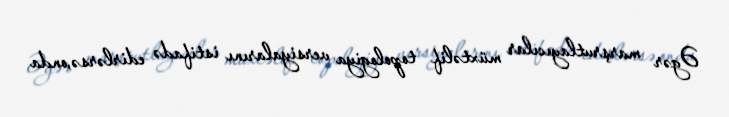
Əgər marşrutlayıcılar müxtəlif topologiya versiyalarını istifadə edirlərsə,onda